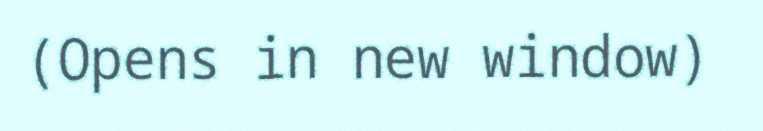
(Opens in new window)